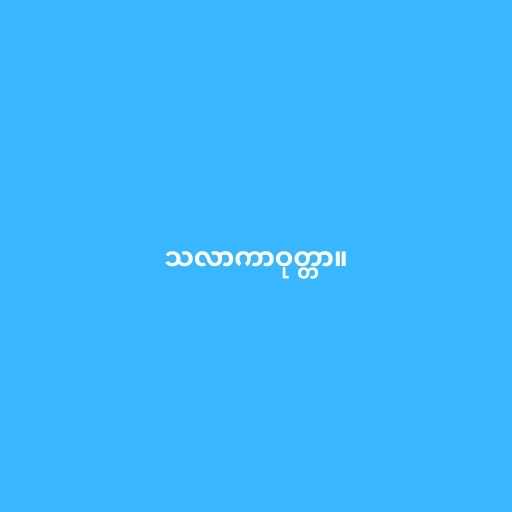
သလာကာဝုတ္တာ။